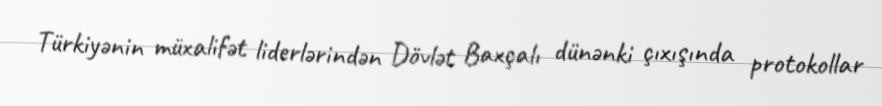
Türkiyənin müxalifət liderlərindən Dövlət Baxçalı dünənki çıxışında protokollar